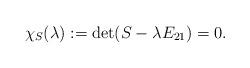
LaTeX: \begin{align*}\chi _S(\lambda ) := \det (S-\lambda E_{21}) = 0.\end{align*}